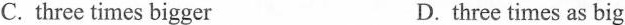
C. three times bigger D.three times as big